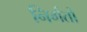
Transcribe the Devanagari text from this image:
निर्गतो